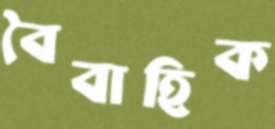
বৈবাহিক